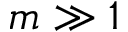
m \gg 1